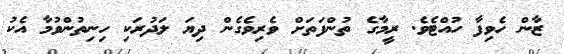
ޒާން ހެވިފާ ހުއްޓެވެ. ރީމާގެ ތުންފަތަށް ވެރިވެގެން ދިޔަ ލަދުރަކި ހިނިތުންވުމާ އެކު